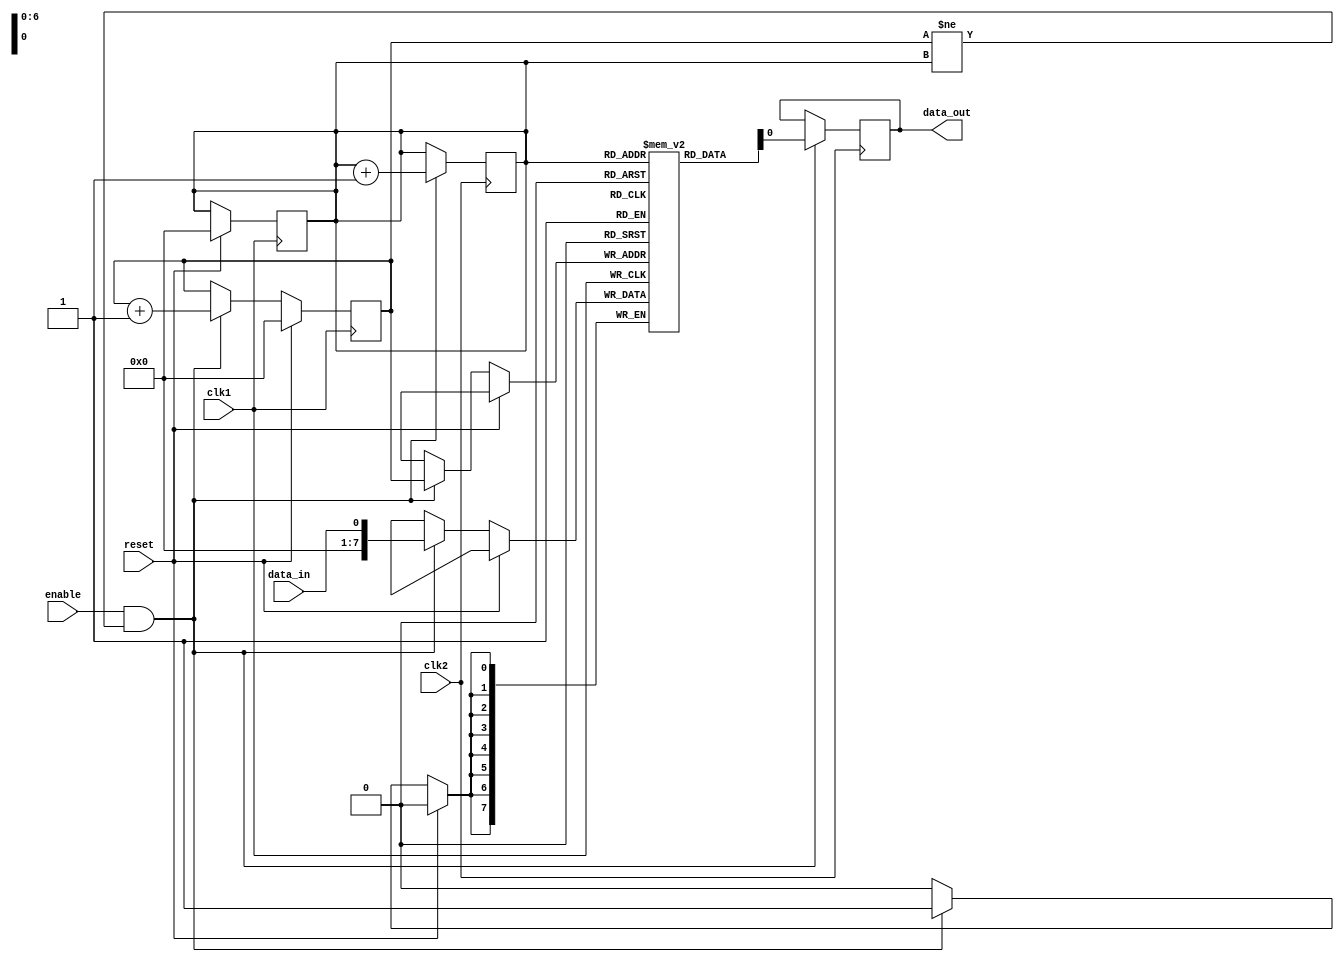
module Timing_Control_and_Synchronization(
  input wire clk1, // Clock signal for domain 1
  input wire reset, // Reset signal for asynchronous reset
  input wire data_in, // Input data signal from domain 1
  output wire data_out, // Output data signal to domain 2
  input wire clk2, // Clock signal for domain 2
  input wire enable // Enable signal to control data transfer
);

reg [7:0] fifo_buffer [0:127]; // FIFO buffer with 128 entries
reg [6:0] write_ptr = 0; // Write pointer for FIFO buffer
reg [6:0] read_ptr = 0; // Read pointer for FIFO buffer
reg [6:0] almost_full_threshold = 96; // Threshold for almost-full condition

always @(posedge clk1) begin
  if (reset) begin
    write_ptr <= 0;
    read_ptr <= 0;
  end else begin
    if (enable && write_ptr != read_ptr) begin
      fifo_buffer[write_ptr] <= data_in;
      write_ptr <= write_ptr + 1;
    end
  end
end

always @(posedge clk2) begin
  if (enable && write_ptr != read_ptr) begin
    data_out <= fifo_buffer[read_ptr];
    read_ptr <= read_ptr + 1;
  end
end

always @* begin
  if ((write_ptr - read_ptr) >= almost_full_threshold) begin
    // Perform action when FIFO buffer is almost full
    // This can include slowing down or stopping data transfer
  end
end

endmodule